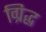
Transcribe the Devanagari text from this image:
ग्रिद्ध